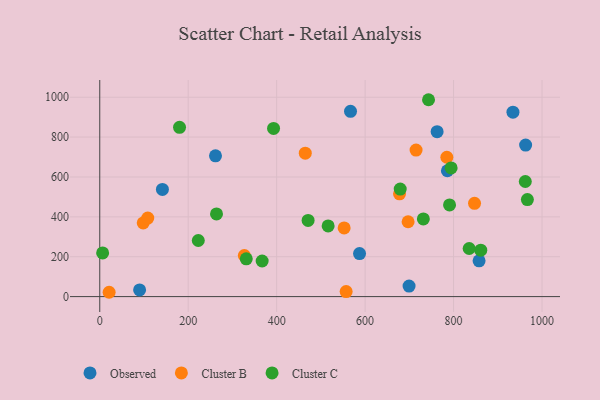
{"axis": {"x": "Investment", "y": "Rating"}, "legend": ["Cluster B", "Cluster C", "Observed"], "data": [{"x": "141.7", "y": 537.3, "type": "Observed"}, {"x": "934.3", "y": 925.1, "type": "Observed"}, {"x": "699.4", "y": 52.8, "type": "Observed"}, {"x": "786.1", "y": 631.3, "type": "Observed"}, {"x": "762.8", "y": 827.0, "type": "Observed"}, {"x": "567.0", "y": 929.4, "type": "Observed"}, {"x": "962.9", "y": 760.2, "type": "Observed"}, {"x": "857.7", "y": 179.5, "type": "Observed"}, {"x": "587.4", "y": 216.0, "type": "Observed"}, {"x": "261.7", "y": 705.8, "type": "Observed"}, {"x": "90.1", "y": 33.6, "type": "Observed"}, {"x": "784.8", "y": 698.9, "type": "Cluster B"}, {"x": "677.8", "y": 515.3, "type": "Cluster B"}, {"x": "552.6", "y": 344.2, "type": "Cluster B"}, {"x": "697.2", "y": 375.4, "type": "Cluster B"}, {"x": "326.9", "y": 206.1, "type": "Cluster B"}, {"x": "464.7", "y": 719.2, "type": "Cluster B"}, {"x": "21.2", "y": 21.7, "type": "Cluster B"}, {"x": "98.3", "y": 369.4, "type": "Cluster B"}, {"x": "108.5", "y": 393.6, "type": "Cluster B"}, {"x": "715.2", "y": 734.7, "type": "Cluster B"}, {"x": "847.4", "y": 467.9, "type": "Cluster B"}, {"x": "557.1", "y": 25.0, "type": "Cluster B"}, {"x": "393.0", "y": 843.7, "type": "Cluster C"}, {"x": "861.5", "y": 233.0, "type": "Cluster C"}, {"x": "222.8", "y": 281.4, "type": "Cluster C"}, {"x": "835.3", "y": 241.2, "type": "Cluster C"}, {"x": "180.4", "y": 849.2, "type": "Cluster C"}, {"x": "966.9", "y": 486.7, "type": "Cluster C"}, {"x": "264.0", "y": 414.6, "type": "Cluster C"}, {"x": "679.4", "y": 539.2, "type": "Cluster C"}, {"x": "331.3", "y": 189.3, "type": "Cluster C"}, {"x": "6.5", "y": 218.9, "type": "Cluster C"}, {"x": "790.9", "y": 459.7, "type": "Cluster C"}, {"x": "743.4", "y": 987.4, "type": "Cluster C"}, {"x": "516.4", "y": 354.7, "type": "Cluster C"}, {"x": "367.2", "y": 178.6, "type": "Cluster C"}, {"x": "731.7", "y": 389.7, "type": "Cluster C"}, {"x": "471.1", "y": 382.1, "type": "Cluster C"}, {"x": "794.5", "y": 645.5, "type": "Cluster C"}, {"x": "962.2", "y": 577.3, "type": "Cluster C"}]}